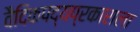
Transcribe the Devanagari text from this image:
वैदिकपद्यप्रकाराला